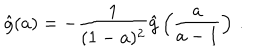
LaTeX: \hat { g } ( a ) = - { \frac { 1 } { ( 1 - a ) ^ { 2 } } } \hat { g } \left( { \frac { a } { a - 1 } } \right) \, .